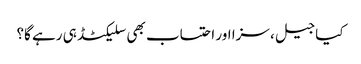
کیا جیل، سزا اور احتساب بھی سلیکٹڈ ہی رہے گا؟